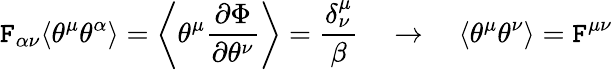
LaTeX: \mathtt{F}_{\alpha\nu}\langle\theta^{\mu}\theta^{\alpha}\rangle=\left\langle\theta^{\mu}\frac{{\partial\Phi}}{{\partial\theta^{\nu}}}\right\rangle=\frac{{\delta_{\nu}^{\mu}}}{{\beta}}\quad\rightarrow\quad\langle\theta^{\mu}\theta^{\nu}\rangle=\mathtt{F}^{\mu\nu}